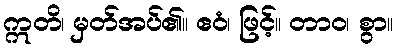
ဣတိ၊ မှတ်အပ်၏။ ဧဝံ၊ ဖြင့်။ တာဝ၊ စွာ။